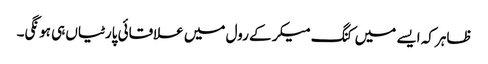
ظاہر کہ ایسے میں کنگ میکر کے رول میں علاقائی پارٹیاں ہی ہونگی۔